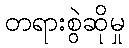
တရားစွဲဆိုမှု